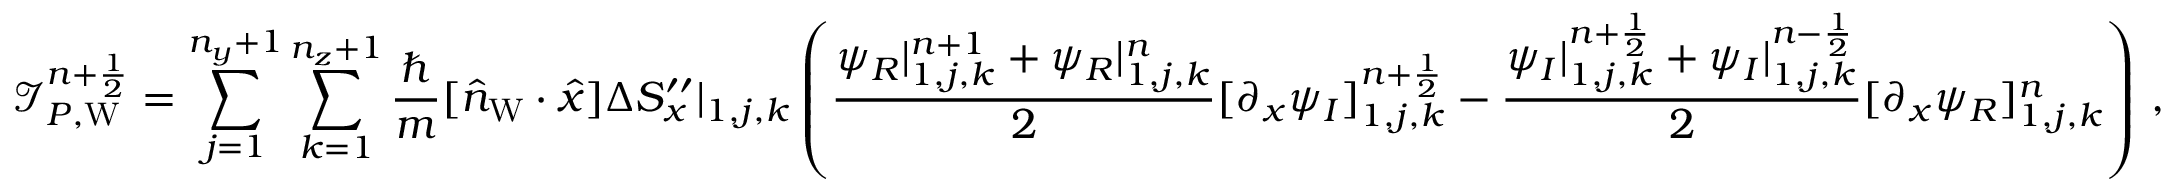
\mathcal I _ { P , \mathrm { W } } ^ { n + \frac 1 2 } = \sum _ { j = 1 } ^ { n _ { y } + 1 } \sum _ { k = 1 } ^ { n _ { z } + 1 } \frac { \hbar } { m } [ \hat { n } _ { \mathrm { W } } \cdot \hat { x } ] \Delta S _ { x } ^ { \prime \prime } | _ { 1 , j , k } \left( \frac { \psi _ { R } | _ { 1 , j , k } ^ { n + 1 } + \psi _ { R } | _ { 1 , j , k } ^ { n } } { 2 } [ \partial _ { x } \psi _ { I } ] _ { 1 , j , k } ^ { n + \frac 1 2 } - \frac { \psi _ { I } | _ { 1 , j , k } ^ { n + \frac 1 2 } + \psi _ { I } | _ { 1 , j , k } ^ { n - \frac 1 2 } } { 2 } [ \partial _ { x } \psi _ { R } ] _ { 1 , j , k } ^ { n } \right) \, ,